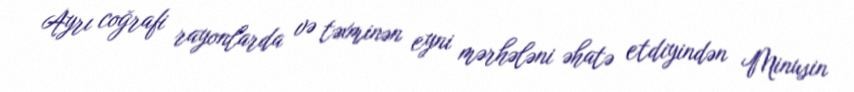
Ayrı coğrafi rayonlarda və təxminən eyni mərhələni əhatə etdiyindən Minusin